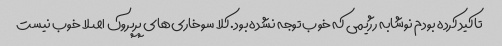
تاکید کرده بودم نوشابه رژیمی که خوب توجه نشده بود. کلا سوخاری‌های پرپروک اصلا خوب نیست